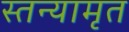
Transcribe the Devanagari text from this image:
स्तन्यामृत